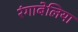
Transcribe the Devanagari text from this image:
रंगाबेलिया